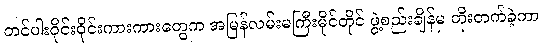
တင်ပါးဝိုင်းဝိုင်းကားကားတွေက အမြန်လမ်းမကြီးမိုင်တိုင် ဖွဲ့စည်းချိန်မှ တိုးတက်ခဲ့ကာ